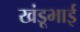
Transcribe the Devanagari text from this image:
खंडूभाई